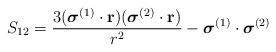
LaTeX: \begin{align*}S_{12} = \frac{3(\mbox{\boldmath $\sigma$}^{(1)} \cdot {\bf r})(\mbox{\boldmath $\sigma$}^{(2)} \cdot {\bf r})}{r^{2}} -\mbox{\boldmath $\sigma$}^{(1)} \cdot \mbox{\boldmath $\sigma$}^{(2)}\end{align*}